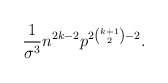
\begin{align*}\frac{1}{\sigma^3}n^{2k-2}p^{2\binom{k+1}{2}-2}.\end{align*}